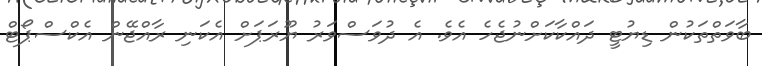
ބާވަތްތަކުން ޑިޔުޓީ ދައްކާކަށްނުޖެހެ އެވެ. އެ ދުވަސްވަރު ޔޫރަޕަށް އެކަނި ރާއްޖޭން އެކްސްޕޯޓް